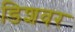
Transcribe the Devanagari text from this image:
डिशवर